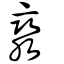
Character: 灓